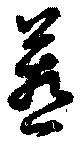
惹